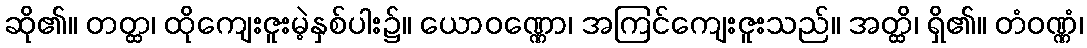
ဆို၏။ တတ္ထ၊ ထိုကျေးဇူးမဲ့နှစ်ပါး၌။ ယောဝဏ္ဏော၊ အကြင်ကျေးဇူးသည်။ အတ္ထိ၊ ရှိ၏။ တံဝဏ္ဏံ၊